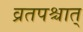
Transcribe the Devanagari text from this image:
व्रतपश्चात्‌